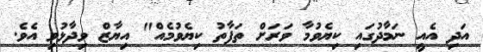
އަދި އެއީ ނަމާދުގައި ކިޔެވުމާ ވަރަށް ތަފާތު ކިޔެވުމެއް" އިޔާޒް ވިދާޅުވި އެވެ.